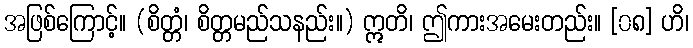
အဖြစ်ကြောင့်။ (စိတ္တံ၊ စိတ္တမည်သနည်း။) ဣတိ၊ ဤကားအမေးတည်း။ [၀၈] ဟိ၊